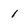
Character: 1